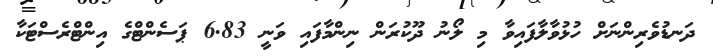
ދަނޑުވެރިންނަށް ހުޅުވާލާފައިވާ މި ލޯނު ދޫކުރަން ނިންމާފައި ވަނީ 6.83 ޕަސެންޓްގެ އިންޓްރެސްޓަކާ